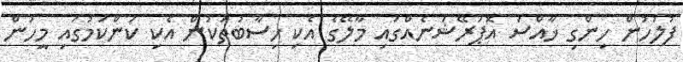
ފުލުހުން ހިންގި ޚާއްސަ އޮޕަރޭޝަނެއްގައި މާލޭގެ އެކި ހިސާބުތަކުން އެކި ކަންކަމުގައި މީހުން